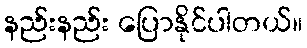
နည်းနည်း ပြောနိုင်ပါတယ်။